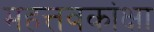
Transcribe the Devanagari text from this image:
महत्तवकांक्षा